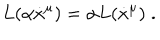
LaTeX: L ( \alpha \dot { x } ^ { \mu } ) = \alpha L ( \dot { x } ^ { \mu } ) \; .